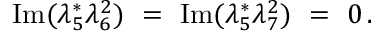
\mathrm { I m } ( \lambda _ { 5 } ^ { * } \lambda _ { 6 } ^ { 2 } ) \ = \ \mathrm { I m } ( \lambda _ { 5 } ^ { * } \lambda _ { 7 } ^ { 2 } ) \ = \ 0 \, .